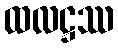
ထလဋ္ဌဿ